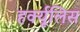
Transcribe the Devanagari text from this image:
हर्क्यूलिस